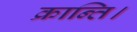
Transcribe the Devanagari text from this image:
क्रान्ति।